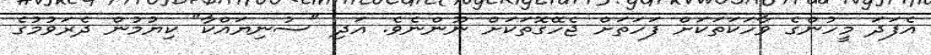
އެފަދަ މީހުންގެ ވާހަކަތަކަށް ފަހަތަށް ޖެހޭގޮތަކަށް ނޫންނެވެ. އަދި "ސުނިޔައްކާ" ކިޔުމުން ދެރަވުމުގެ